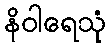
နိဝါရေသုံ